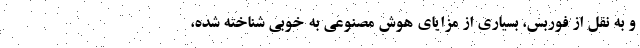
و به نقل از فوربس، بسیاری از مزایای هوش مصنوعی به خوبی شناخته‌ شده،